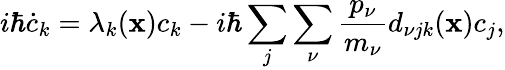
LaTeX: i\hbar\dot{c}_{k}=\lambda_{k}(\mathbf{x})c_{k}-i\hbar\sum_{j}\sum_{\nu}\frac{p_{\nu}}{m_{\nu}}d_{\nu jk}(\mathbf{x})c_{j},